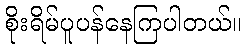
စိုးရိမ်ပူပန်နေကြပါတယ်။